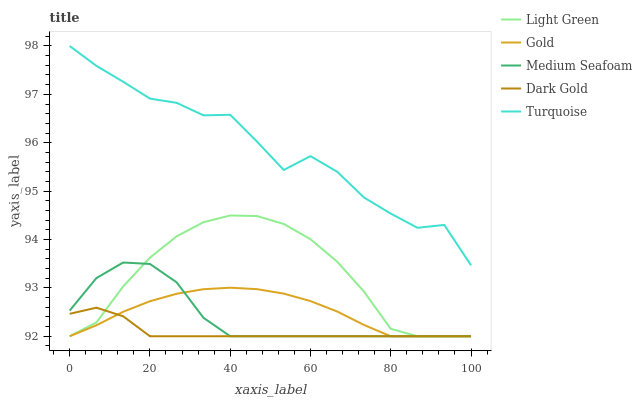
| xaxis_label | Light Green | Gold | Medium Seafoam | Dark Gold | Turquoise |
 | --- | --- | --- | --- | --- | --- |
 | 0 | 92 | 92 | 92.5 | 92.5 | 98 |
 | 6.67 | 92.3 | 92.2 | 93.2 | 92.6 | 97.6 |
 | 13.3 | 93 | 92.5 | 93.5 | 92.4 | 97.3 |
 | 20 | 93.6 | 92.7 | 93.5 | 92 | 96.9 |
 | 26.7 | 94.1 | 92.9 | 93.1 | 92 | 96.8 |
 | 33.3 | 94.4 | 93 | 92.4 | 92 | 96.6 |
 | 40 | 94.5 | 93 | 92 | 92 | 96.6 |
 | 46.7 | 94.5 | 93 | 92 | 92 | 96 |
 | 53.3 | 94.3 | 92.9 | 92 | 92 | 95.4 |
 | 60 | 94 | 92.7 | 92 | 92 | 95.7 |
 | 66.7 | 93.5 | 92.5 | 92 | 92 | 95.4 |
 | 73.3 | 92.9 | 92.2 | 92 | 92 | 94.9 |
 | 80 | 92.2 | 92 | 92 | 92 | 94.5 |
 | 86.7 | 92 | 92 | 92 | 92 | 94.2 |
 | 93.3 | 92 | 92 | 92 | 92 | 94.3 |
 | 100 | 92 | 92 | 92 | 92 | 93.5 |